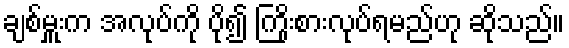
ချစ်မှူးက အလုပ်ကို ပို၍ ကြိုးစားလုပ်ရမည်ဟု ဆိုသည်။